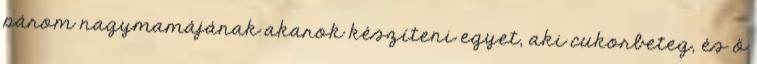
párom nagymamájának akarok készíteni egyet, aki cukorbeteg, és ő